Scottish Leaving Certificate Examination, 1954
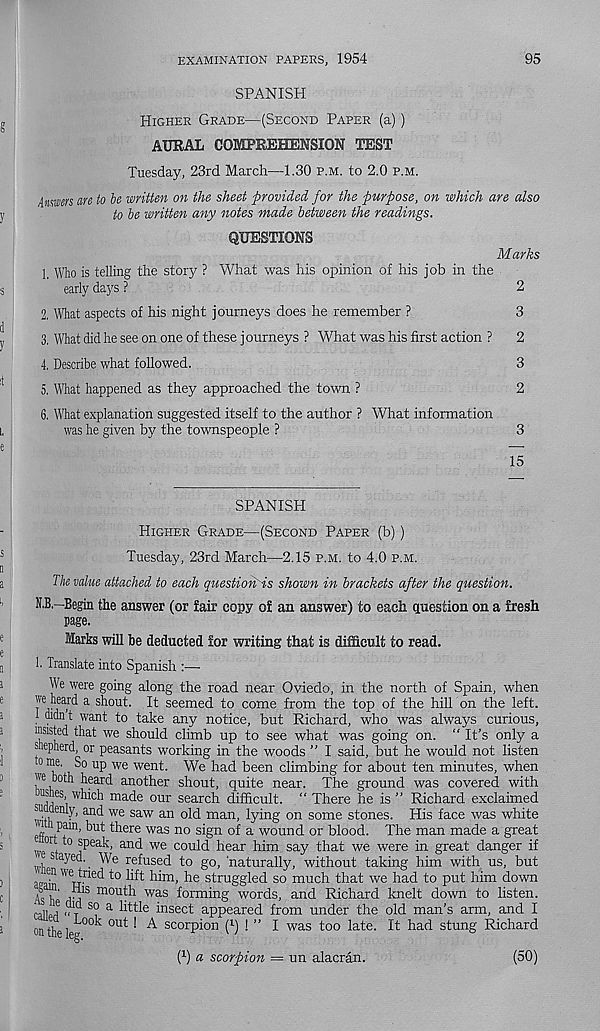
EXAMINATION PAPERS, 1954
95
SPANISH
Higher Grade—(Second Paper (a))
AURAL COMPREHENSION TEST
Tuesday, 23rd March—1.30 p.m. to 2.0 p.m.
Answers are to be written on the sheet provided for the purpose, on which are also
to be written any notes made between the readings.
QUESTIONS
Marks
1. Who is telling the story ? What was his opinion of his job in the
early daj's ?
2
2. What aspects of his night journeys does he remember ?
3
3. What did he see on one of these journeys ? What was his first action ?
2
4. Describe what followed.
3
5. What happened as they approached the town ?
2
6. What explanation suggested itself to the author ? What information
was he given by the townspeople ?
3
15
SPANISH
Higher Grade—(Second Paper (b) )
Tuesday, 23rd March—2.15 p.m. to 4.0 p.m.
The value attached to each questioiiHs shown in brackets after the question.
N.B.—Begin the answer (or lair copy of an answer) to each question on a fresh
page.
Marks will be deducted for writing that is difficult to read.
1. Translate into Spanish :—■
We were going along the road near Oviedo, in the north of Spain, when
we heard a shout. It seemed to come from the top of the hill on the left,
r < ™ t wan t to take any notice, but Richard, who was always curious,
insisted that we should climb up to see what was going on. “ It’s only a
shepherd, or peasants working in the woods ” I said, but he would not listen
0 n ? e ' S° U P we went. We had been climbing for about ten minutes, when
we both heard another shout, quite near. The ground was covered with
^Hi
ma d e our search chfhcult. “ There he is ” Richard exclaimed
with-’ an(^ We Saw an
A 2311 ’ tying on some stones. His face was white
efi
^ ^e re was no sign of a wound or blood. The man made a great
or 1° jpeak, and we could hear him say that we were in great danger if
s ayed. We refused to go, 'naturally, without taking him with us, but
a Jf we l. ne( i 1° lift him, he struggled so much that we had to put him down
Ish' d^1 S lri011^ was forming words, and Richard knelt down to listen.
c 11 , e .Ty s° a little insect appeared from under the old man’s arm, and I
onthelegk °U t ’ ^ scor P^o ri ( l ) 1 ” 1 was too late. It had stung Richard
(r) a scorpion = un alacran.
(50)